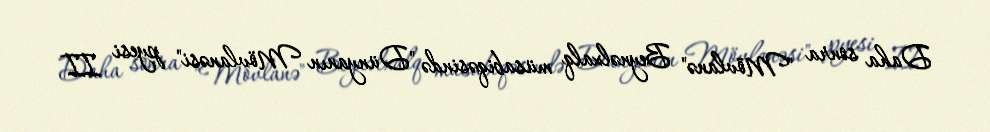
Daha sonra "Mövlanə" Beynəlxalq müsabiqəsində "Dünyanın Mövlanəsi" pyesi II